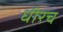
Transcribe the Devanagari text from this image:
धीरच